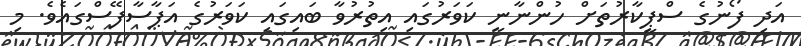
އަދި ފޯނުގެ ސްޕީކާރުތަށް ހުންނާނީ ކަވަރުގައި އިތުރުވާ ބައިގައި ކަވަރުގެ އަޕާސާފޭސްގައެވެ. މި